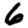
Digit: 6